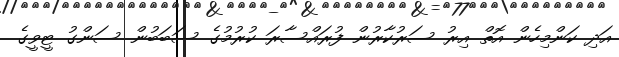
އަދި ކަންމިހެން އޮތް އިރު ސަރުކާރުން ފުރައްސާރަ ކުރުމުގެ ސަބަބުން ސަންގު ޓީވީގެ